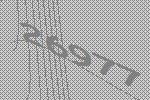
26977